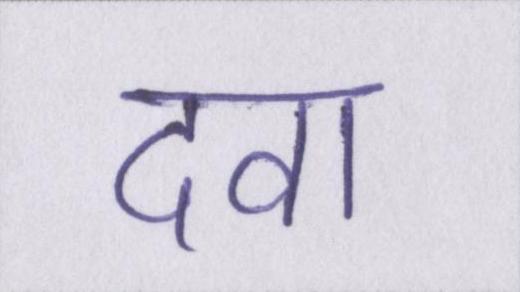
दवा